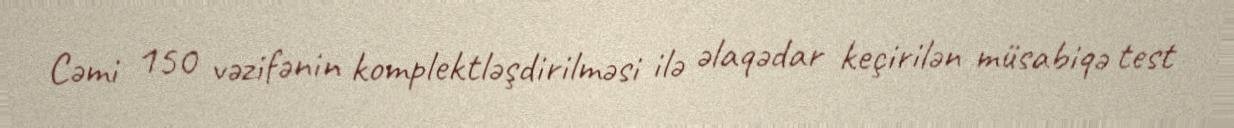
Cəmi 150 vəzifənin komplektləşdirilməsi ilə əlaqədar keçirilən müsabiqə test